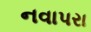
નવાપરા